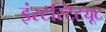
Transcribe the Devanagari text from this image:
इंस्टस्टिट्यूट